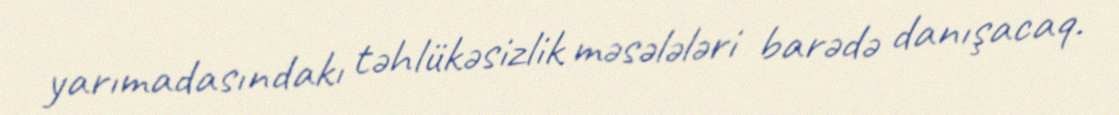
yarımadasındakı təhlükəsizlik məsələləri barədə danışacaq.